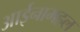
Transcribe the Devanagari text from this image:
आईनामहल